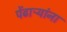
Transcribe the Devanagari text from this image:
पेंढाऱ्यांना